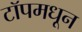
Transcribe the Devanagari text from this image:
टॉपमधून